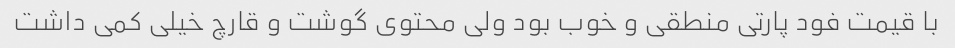
با قیمت فود پارتی منطقی و خوب بود ولی محتوی گوشت و قارچ خیلی کمی داشت